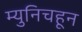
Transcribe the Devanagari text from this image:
म्युनिचहून